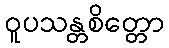
ဝူပသန္တစိတ္တော